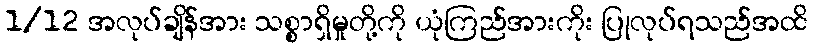
1/12 အလုပ်ချိန်အား သစ္စာရှိမှုတို့ကို ယုံကြည်အားကိုး ပြုလုပ်ရသည်အထိ